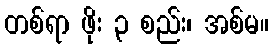
တစ်ရာ ဖိုး ၃ စည်း၊ အစ်မ။